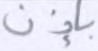
بإذن